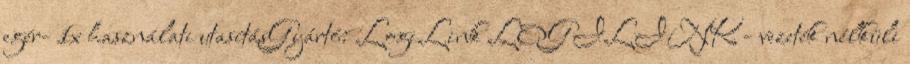
egér- 1x használati utasításGyártó: LogiLink LOGILINK - vezeték nélküli